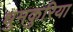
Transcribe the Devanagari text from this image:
धुमकुरिया